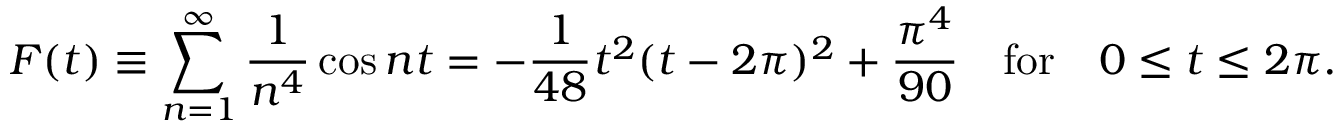
F ( t ) \equiv \sum _ { n = 1 } ^ { \infty } { \frac { 1 } { n ^ { 4 } } } \cos n t = - { \frac { 1 } { 4 8 } } t ^ { 2 } ( t - 2 \pi ) ^ { 2 } + { \frac { \pi ^ { 4 } } { 9 0 } } \quad \mathrm { f o r } \quad 0 \le t \le 2 \pi .